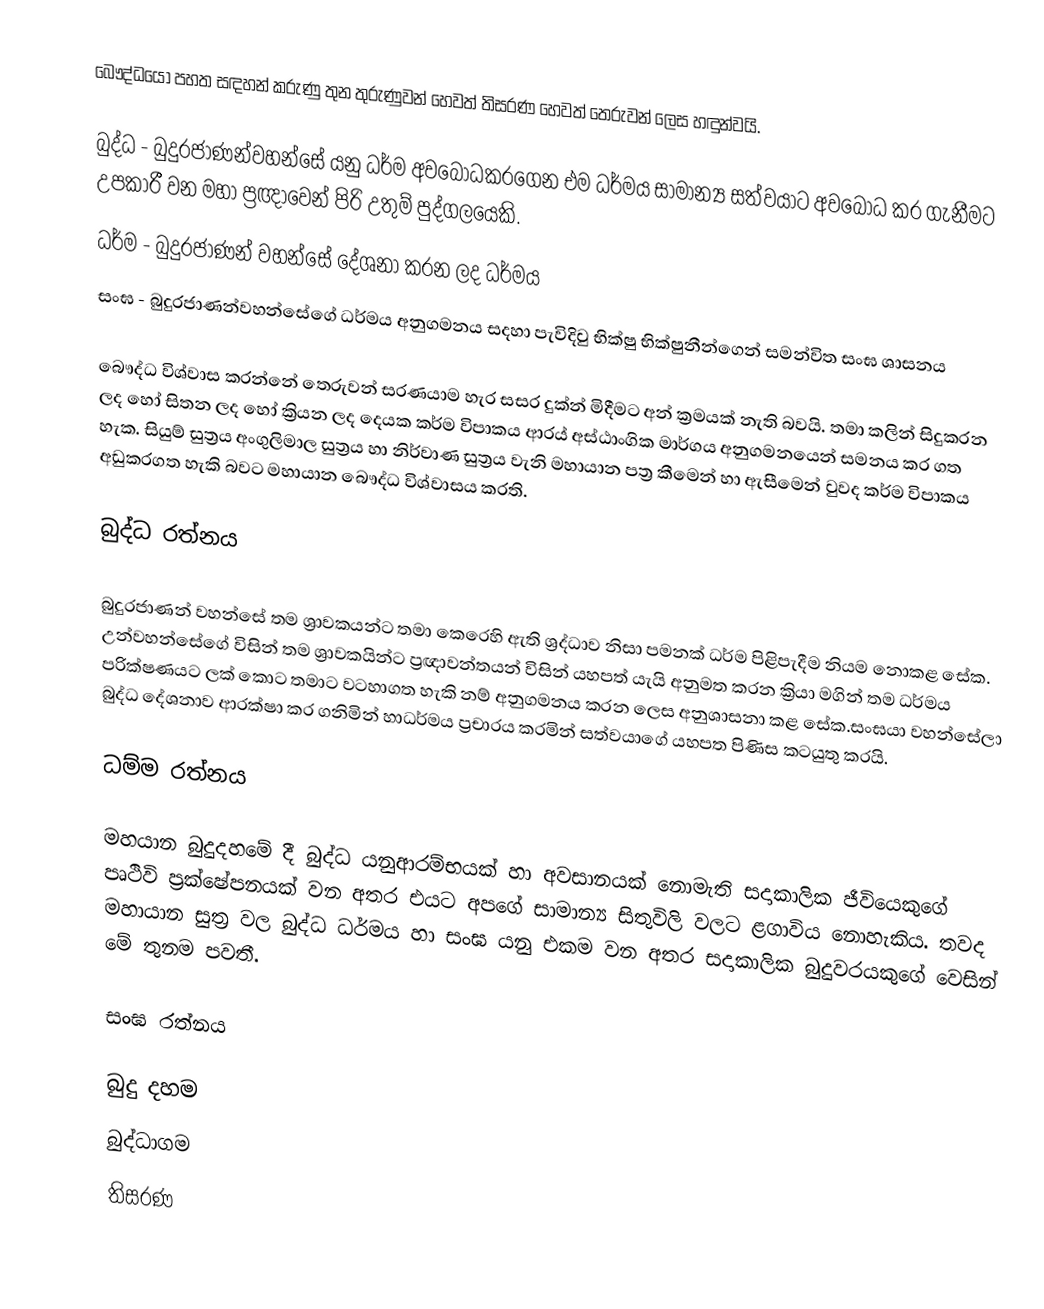
බෞද්ධයෝ පහත සඳහන් කරුණු තුන තුරුණුවන් හෙවත් තිසරණ හෙවත් තෙරුවන් ලෙස හඳුන්වයි.

 බුද්ධ	-	බුදුරජාණන්වහන්සේ යනු ධර්ම අවබෝධකරගෙන එම ධර්මය සාමාන්‍ය සත්වයාට අවබෝධ කර ගැනීමට උපකාරී වන මහා ප්‍රඥාවෙන් පිරි උතුම් පුද්ගලයෙකි.
 ධර්ම	-	බුදුරජාණන් වහන්සේ දේශනා කරන ලද ධර්මය
 සංඝ	-	බුදුරජාණන්වහන්සේගේ ධර්මය අනුගමනය සදහා පැවිදිවු භික්ෂු භික්ෂුනීන්ගෙන් සමන්විත සංඝ ශාසනය

බෞද්ධ විශ්වාස කරන්නේ තෙරුවන් සරණයාම හැර සසර දුක්න් මිදීමට අන් ක්‍රමයක් නැති බවයි. තමා කලින් සිදුකරන ලද හෝ සිතන ලද හෝ ක්‍රියන ලද දෙයක කර්ම විපාකය ආරය් අස්ඨාංගික මාර්ගය අනුගමනයෙන් සමනය කර ගත හැක. සියුම් සුත්‍රය අංගුලිමාල සුත්‍රය හා නිර්වාණ සුත්‍රය වැනි මහායාන පත්‍ර කීමෙන් හා ඇසීමෙන් වුවද කර්ම විපාකය අඩුකරගත හැකි බවට මහායාන බෞද්ධ විශ්වාසය කරති.

බුද්ධ රත්නය

බුදුරජාණන් වහන්සේ තම ශ්‍රාවකයන්ට තමා කෙරෙහි ඇති ශ්‍රද්ධාව නිසා පමනක් ධර්ම පිළිපැදීම නියම නොකළ සේක. උන්වහන්සේගේ විසින් තම ශ්‍රාවකයින්ට ප්‍රඥාවන්තයන් විසින් යහපත් යැයි අනුමත කරන ක්‍රියා මගින් තම ධර්මය පරික්ෂණයට ලක් කොට තමාට වටහාගත හැකි නම් අනුගමනය කරන ලෙස අනුශාසනා කළ සේක.සංඝයා වහන්සේලා බුද්ධ දේශනාව ආරක්ෂා කර ගනිමින් හාධර්මය ප්‍රචාරය කරමින් සත්වයා‍ගේ යහපත පිණිස කටයුතු කරයි.

ධම්ම රත්නය

මහයාන බුදුදහමේ දී බුද්ධ යනුආරම්භයක් හා අවසානයක් නොමැති සදාකාලික ජීවියෙකුගේ පෘථිවි ප්‍රක්ෂේපනයක් වන අතර එයට අපගේ සාමාන්‍ය සිතුවිලි වලට ළගාවිය නොහැකිය. තවද මහායාන  සුත්‍ර වල බුද්ධ ධර්මය හා සංඝ යනු එකම වන අතර සදාකාලික බුදුවරයකුගේ වෙසින් මේ තුනම පවතී.

සංඝ රත්නය

බුදු දහම
බුද්ධාගම
තිසරණ